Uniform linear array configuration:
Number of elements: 16
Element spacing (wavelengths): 0.5
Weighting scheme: uniform
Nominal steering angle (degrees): -30
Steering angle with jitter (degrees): -29.904
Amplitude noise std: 0.05
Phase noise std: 0.05

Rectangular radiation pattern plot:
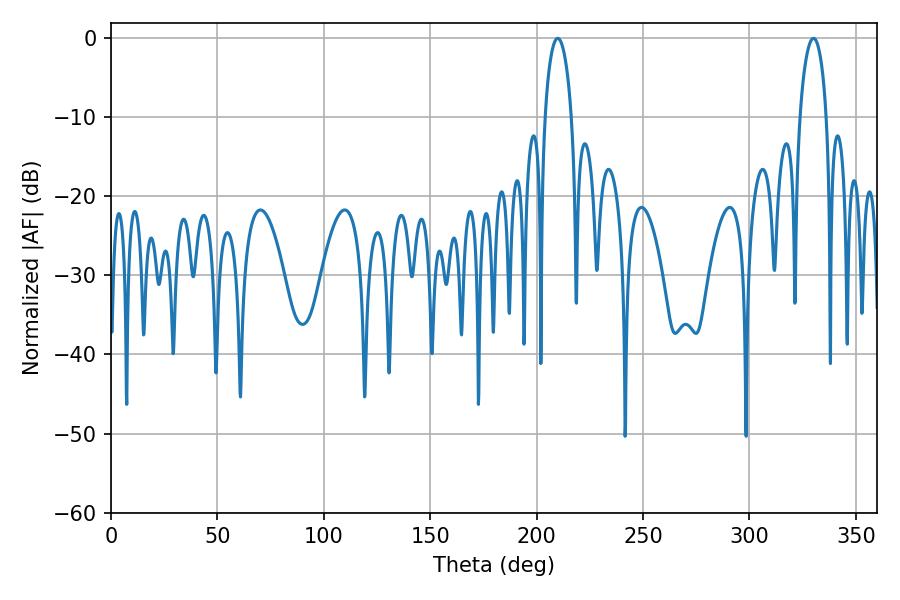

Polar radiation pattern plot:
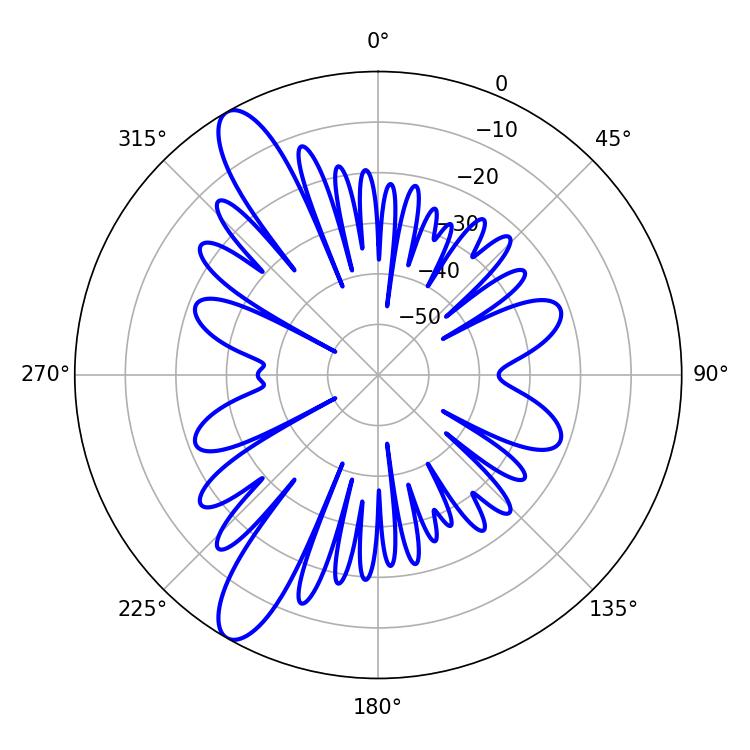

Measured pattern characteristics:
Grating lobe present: FALSE
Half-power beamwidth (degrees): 7.02
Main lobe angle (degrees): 209.88